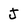
Character: J